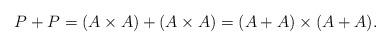
LaTeX: \begin{align*}P+P=(A\times{A})+(A\times{A})=(A+A)\times{(A+A)}.\end{align*}